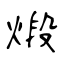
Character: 煅